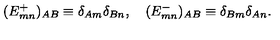
( E _ { m n } ^ { + } ) _ { A B } \equiv \delta _ { A m } \delta _ { B n } , \quad ( E _ { m n } ^ { - } ) _ { A B } \equiv \delta _ { B m } \delta _ { A n } .